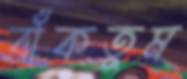
বাঁকতুম